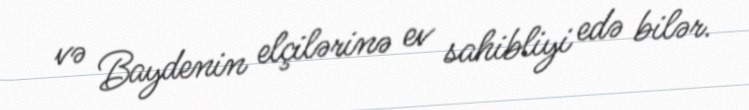
və Baydenin elçilərinə ev sahibliyi edə bilər.